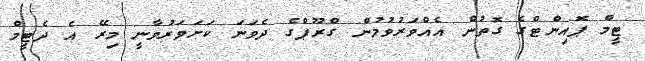
ޓީމް ޕޮއިންޓްގެ ގޮތުން އެއްވަރުވުމުން ގްރޫޕްގެ ދެވަނަ ކަށަވަރުވާނީ މިރޭ އެ ދެޓީމް